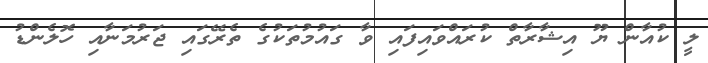
ލީ ކުއާން ޔޫ އިޝާރާތް ކުރައްވައިފައި ވާ ގައުމުތަކުގެ ތެރޭގައި ޖަރުމަނާއި ހޮލެންޑު